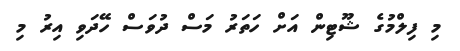
މި ފިލްމުގެ ޝޫޓިން އަށް ހަތަރު މަސް ދުވަސް ހޭދަވި އިރު މި